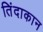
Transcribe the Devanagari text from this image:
तिंदाकान